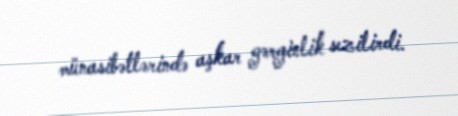
münasibətlərində aşkar gərginlik sezilirdi.